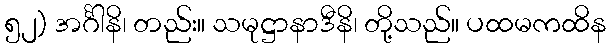
၅၂) အင်္ဂါနိ၊ တည်း။ သမုဋ္ဌာနာဒီနိ၊ တို့သည်။ ပထမကထိန